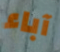
آباء